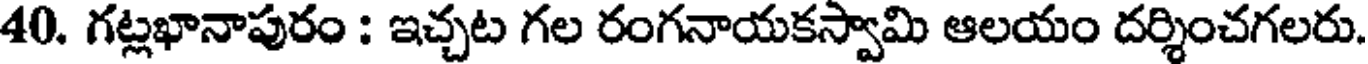
40. గట్లభానాపురం : ఇచ్చట గల రంగనాయకస్వామి ఆలయం దర్శించగలరు.